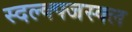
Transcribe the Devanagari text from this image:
स्दल्क्फ्जस्क्ल